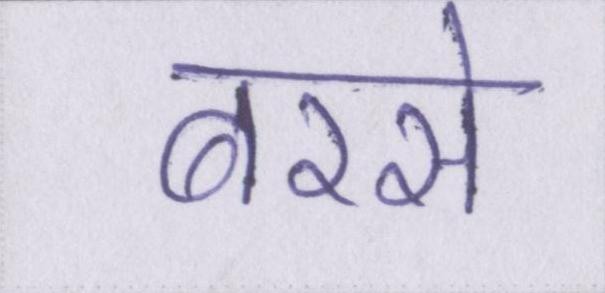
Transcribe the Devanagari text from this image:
बरसे